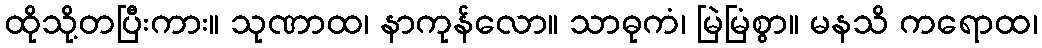
ထိုသို့တပြီးကား။ သုဏာထ၊ နာကုန်လော။ သာဓုကံ၊ မြဲမြံစွာ။ မနသိ ကရောထ၊